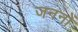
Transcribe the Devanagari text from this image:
जननों